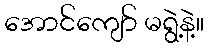
အောင်ကျော် မရွဲ့နဲ့။